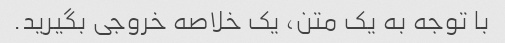
با توجه به یک متن، یک خلاصه خروجی بگیرید.